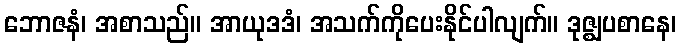
ဘောဇနံ၊ အစာသည်။ အာယုဒဒံ၊ အသက်ကိုပေးနိုင်ပါလျက်။ ဒုဇ္ဈပစာနေ၊